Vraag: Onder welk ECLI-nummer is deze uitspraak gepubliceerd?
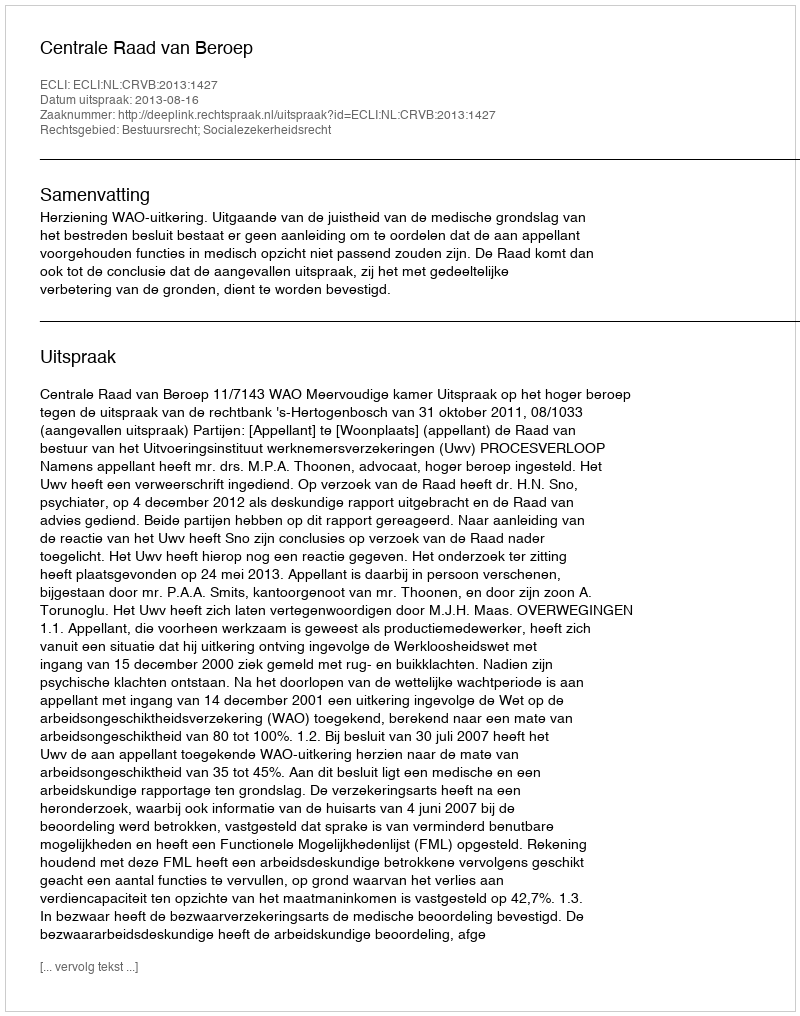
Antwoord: ECLI:NL:CRVB:2013:1427